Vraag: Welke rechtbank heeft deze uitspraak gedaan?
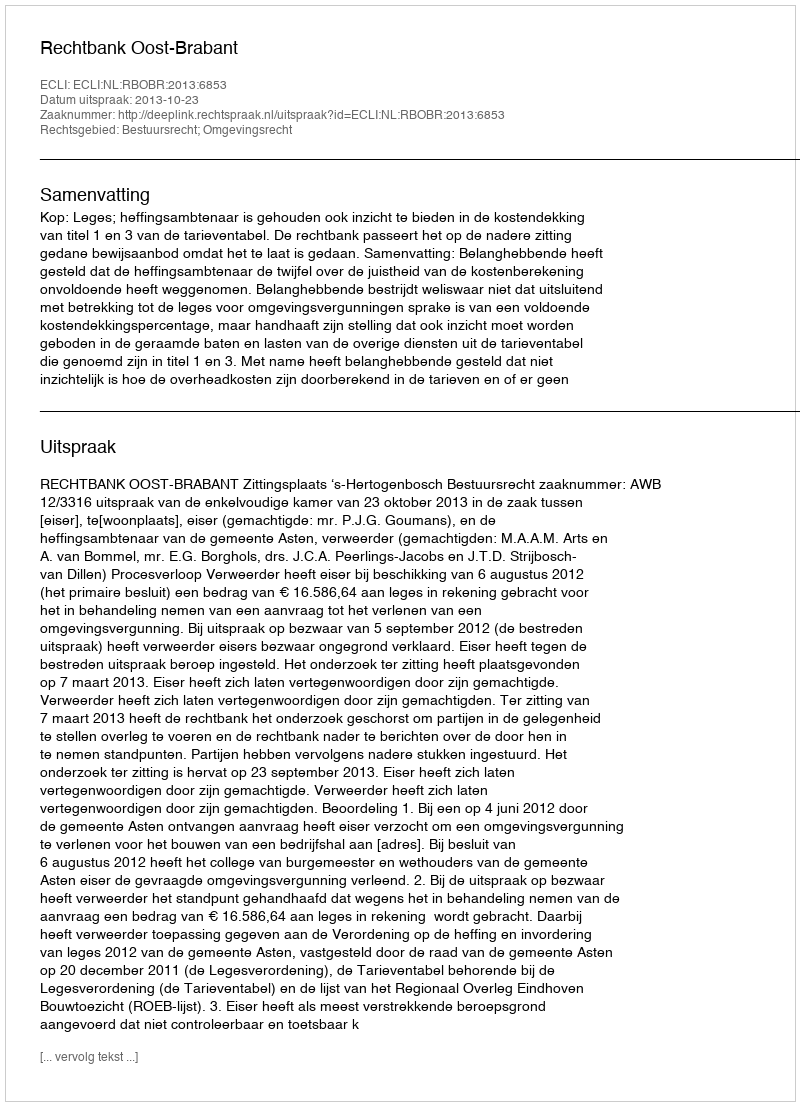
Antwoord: Rechtbank Oost-Brabant